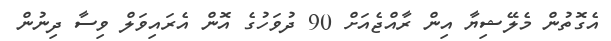
އެގޮތުން މެލޭޝިޔާ އިން ރާއްޖެއަށް 90 ދުވަހުގެ އޮން އެރައިވަލް ވިސާ ދިނުން